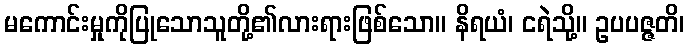
မကောင်းမှုကိုပြုသောသူတို့၏လားရားဖြစ်သော။ နိရယံ၊ ငရဲသို့။ ဥပပဇ္ဇတိ၊